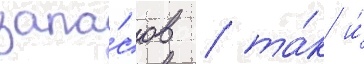
запа́сов / та́к и́